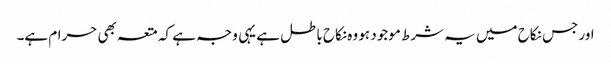
اور جس نکاح میں یہ شرط موجود ہو وہ نکاح باطل ہے یہی وجہ ہے کہ متعہ بھی حرام ہے۔